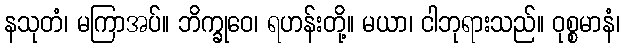
နသုတံ၊ မကြာအပ်။ ဘိက္ခုဝေ၊ ရဟန်းတို့။ မယာ၊ ငါဘုရားသည်။ ဝုစ္စမာနံ၊